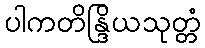
ပါကတိန္ဒြိယသုတ္တံ